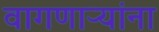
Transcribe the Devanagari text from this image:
वागणाऱ्यांना